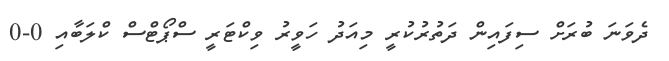
ދެވަނަ ބުރަށް ސިފައިން ދަތުރުކުރީ މިއަދު ހަވީރު ވިކްޓަރީ ސްޕޯޓްސް ކްލަބާއި 0-0